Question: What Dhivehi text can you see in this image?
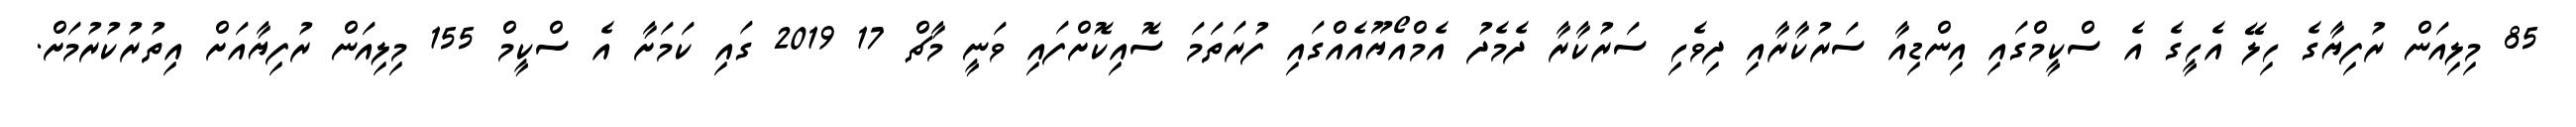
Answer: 85 މިލިއަން ރުފިޔާގެ ހިލޭ އެހީގެ އެ ސްކީމްގައި އިންޑިއާ ސަރުކާރާއި ދިވެހި ސަރުކާރާ ދެމެދު އެމްއޯޔޫއެއްގައި ފުރަތަމަ ސޮއިކޮށްފައި ވަނީ މާޗް 17 2019 ގައި ކަމަށާ އެ ސްކީމް 155 މިލިއަން ރުފިޔާއަށް އިތުރުކުރުމަށް.